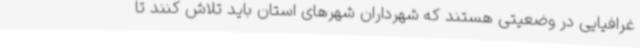
غرافیایی در وضعیتی هستند که شهرداران شهرهای استان باید تلاش کنند تا